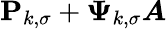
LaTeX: \mathbf{P}_{k,\sigma}+\boldsymbol{\Psi}_{k,\sigma}\boldsymbol{A}